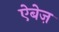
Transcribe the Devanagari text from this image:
ऐबेज़